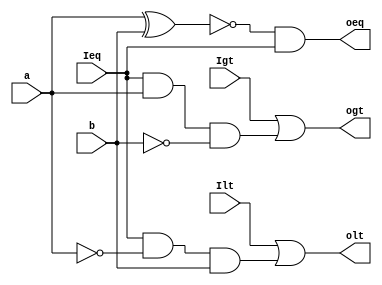
module oneBitComparator(Igt,Ieq,Ilt,a,b,ogt,oeq,olt);

input Igt,Ieq,Ilt,a,b;
output ogt,oeq,olt;

wire nota,notb,outgtwire,outltwire;


not(nota,a);
not(notb,b);

and(outgtwire,Ieq,a,notb);
or(ogt,Igt,outgtwire);

and(outltwire,Ieq,nota,b);
or(olt,Ilt,outltwire);

xnor(outeqwire,a,b);
and(oeq,outeqwire,Ieq);

endmodule